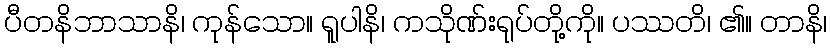
ပီတနိဘာသာနိ၊ ကုန်သော။ ရူပါနိ၊ ကသိုဏ်းရုပ်တို့ကို။ ပဿတိ၊ ၏။ တာနိ၊